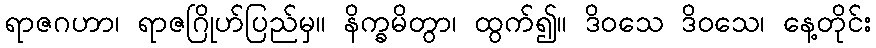
ရာဇဂဟာ၊ ရာဇဂြိုဟ်ပြည်မှ။ နိက္ခမိတွာ၊ ထွက်၍။ ဒိဝသေ ဒိဝသေ၊ နေ့တိုင်း